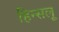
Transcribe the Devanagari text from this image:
हिन्सलू